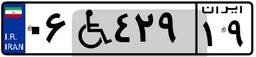
۸۱W۹۴۸۳۷